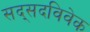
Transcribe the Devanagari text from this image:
सद्सदविवेक